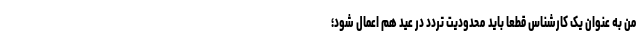
من به عنوان یک کارشناس قطعا باید محدودیت تردد در عید هم اعمال شود؛